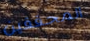
المحققين